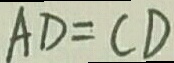
A D = C D